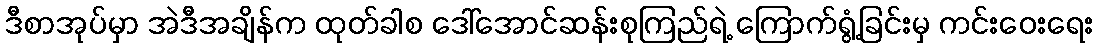
ဒီစာအုပ်မှာ အဲဒီအချိန်က ထုတ်ခါစ ဒေါ်အောင်ဆန်းစုကြည်ရဲ့ ကြောက်ရွံ့ခြင်းမှ ကင်းဝေးရေး